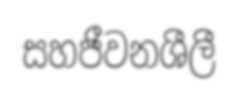
සහජීවනශීලී